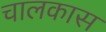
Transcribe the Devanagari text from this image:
चालकास